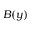
B ( y )